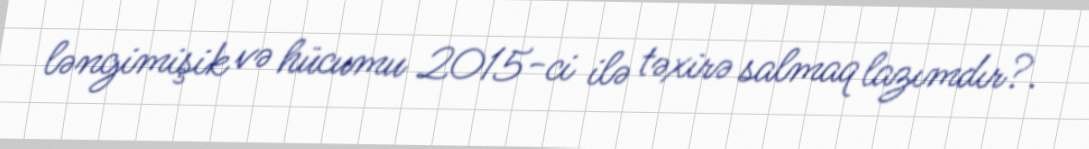
ləngimişik və hücumu 2015-ci ilə təxirə salmaq lazımdır?.